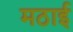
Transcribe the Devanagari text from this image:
मठाई